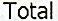
TOTAL